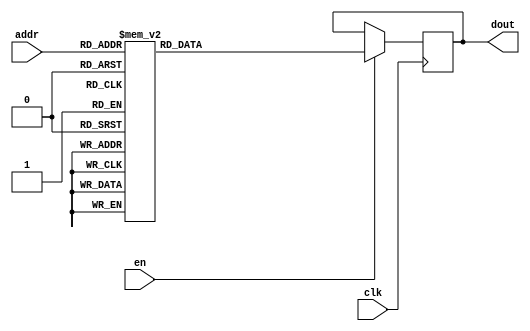
`timescale 1ns / 1ps
/*
Copyright
All right reserved.
Module Name: rom_syn
Author  : Zichuan Liu, Yixing Li and Wenye Liu.
Description:
A synthesized ROM: ROM_DEP x ROM_WID
*/
module EC_1_REF_ROM_9(
// inputs
clk,
en,
addr,
// outputs
dout
);
localparam ROM_WID = 12;
localparam ROM_DEP = 32;
localparam ROM_ADDR = 5;
// input definition
input clk;
input en;
input [ROM_ADDR-1:0] addr;
// output definition
output [ROM_WID-1:0] dout;
reg [ROM_WID-1:0] data;
always @(posedge clk)
begin
if (en) begin
case(addr)
		5'd0: data <= 12'b010010010010;
		5'd1: data <= 12'b010010001100;
		5'd2: data <= 12'b010010011010;
		5'd3: data <= 12'b010010100100;
		5'd4: data <= 12'b010010011100;
		5'd5: data <= 12'b001111110011;
		5'd6: data <= 12'b010000000000;
		5'd7: data <= 12'b010010111001;
		5'd8: data <= 12'b010010111110;
		5'd9: data <= 12'b010010101111;
		5'd10: data <= 12'b010000011100;
		5'd11: data <= 12'b010011100000;
		5'd12: data <= 12'b010001110100;
		5'd13: data <= 12'b010010101110;
		5'd14: data <= 12'b010010001100;
		5'd15: data <= 12'b010010110110;
		5'd16: data <= 12'b010011010101;
		5'd17: data <= 12'b010010010011;
		5'd18: data <= 12'b010011010110;
		5'd19: data <= 12'b010011000001;
		5'd20: data <= 12'b001110110100;
		5'd21: data <= 12'b010011010000;
		5'd22: data <= 12'b010011101111;
		5'd23: data <= 12'b001110100000;
		5'd24: data <= 12'b010011010001;
		5'd25: data <= 12'b010011011000;
		5'd26: data <= 12'b010000001110;
		5'd27: data <= 12'b010011010011;
		5'd28: data <= 12'b001111101001;
		5'd29: data <= 12'b010010011010;
		5'd30: data <= 12'b010011110111;
		5'd31: data <= 12'b010010001111;
		endcase
		end
	end
	assign dout = data;
endmodule